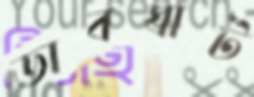
ডাবঘাট